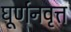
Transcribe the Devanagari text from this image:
घूर्णनवृत्त